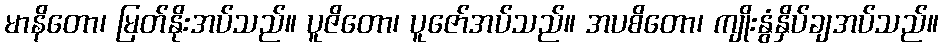
မာနိတော၊ မြတ်နိုးအပ်သည်။ ပူဇိတော၊ ပူဇော်အပ်သည်။ အပစိတော၊ ကျိုးနွံနှိပ်ချအပ်သည်။